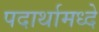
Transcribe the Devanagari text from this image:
पदार्थामध्दे